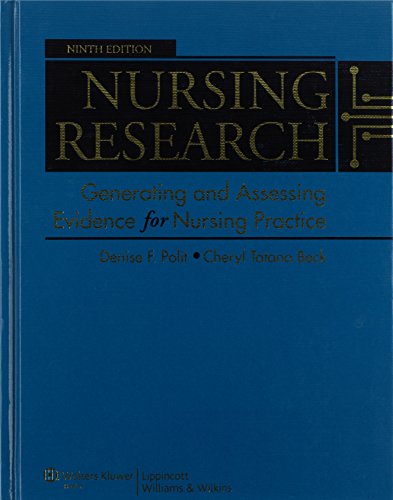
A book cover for Nursing Research: Generating and Assessing Evidence for Nursing Practice, 9th Edition; Denise F. Polit; Medical Books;